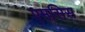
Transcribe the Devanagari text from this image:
एमसिस